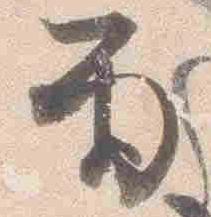
雨